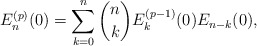
\begin{align*}E_{n}^{(p)}(0) = \sum_{k=0}^{n} \binom{n}{k} E_{k}^{(p-1)}(0) E_{n-k}(0),\end{align*}